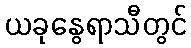
ယခုနွေရာသီတွင်